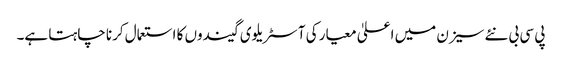
پی سی بی نئے سیزن میں اعلیٰ معیار کی آسٹریلوی گیندوں کا استعمال کرنا چاہتا ہے۔